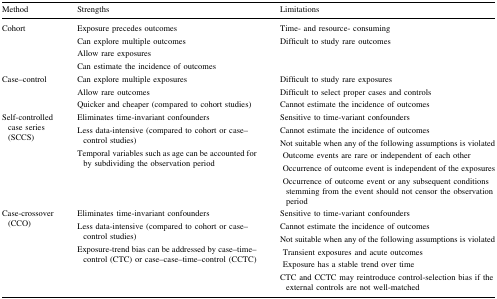
<table><thead><tr><td><b>Method</b></td><td><b>Strengths</b></td><td><b>Limitations</b></td></tr></thead><tbody><tr><td>Cohort</td><td>Exposure precedes outcomesCan explore multiple outcomesAllow rare exposuresCan estimate the incidence of outcomes</td><td>Time- and resource- consumingDifficult to study rare outcomes</td></tr><tr><td>Case–control</td><td>Can explore multiple exposuresAllow rare outcomesQuicker and cheaper (compared to cohort studies)</td><td>Difficult to study rare exposuresDifficult to select proper cases and controlsCannot estimate the incidence of outcomes</td></tr><tr><td>Self-controlled case series (SCCS)</td><td>Eliminates time-invariant confoundersLess data-intensive (compared to cohort or case–control studies)Temporal variables such as age can be accounted for by subdividing the observation period</td><td>Sensitive to time-variant confoundersCannot estimate the incidence of outcomesNot suitable when any of the following assumptions is violated Outcome events are rare or independent of each other Occurrence of outcome event is independent of the exposures Occurrence of outcome event or any subsequent conditions stemming from the event should not censor the observation period</td></tr><tr><td>Case-crossover (CCO)</td><td>Eliminates time-invariant confoundersLess data-intensive (compared to cohort or case–control studies)Exposure-trend bias can be addressed by case–time–control (CTC) or case–case–time–control (CCTC)</td><td>Sensitive to time-variant confoundersCannot estimate the incidence of outcomesNot suitable when any of the following assumptions is violated Transient exposures and acute outcomes Exposure has a stable trend over timeCTC and CCTC may reintroduce control-selection bias if the external controls are not well-matched</td></tr></tbody></table>